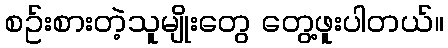
စဥ်းစားတဲ့သူမျိုးတွေ တွေ့ဖူးပါတယ်။